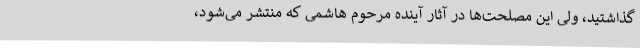
گذاشتید، ولی این مصلحت‌ها در آثار آینده مرحوم هاشمی که منتشر می‌شود،